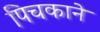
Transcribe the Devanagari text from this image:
पिचकाने